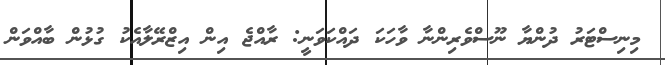
މިނިސްޓަރު ދުންޔާ ނޫސްވެރިންނާ ވާހަކަ ދައްކަވަނީ: ރާއްޖެ އިން އިޒްރޭލާއެކު ގުޅުން ބާއްވަން